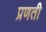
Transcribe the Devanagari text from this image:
प्रणती